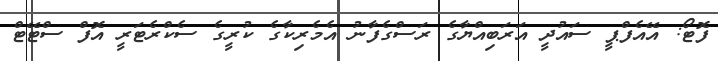
ފޮޓޯ: އޭއެފްޕީ ސައުދީ އަރަބިއްޔާގެ ރަސްގެފާނު އެމެރިކާގެ ކުރީގެ ސެކްރެޓަރީ އޮފް ސްޓޭޓް